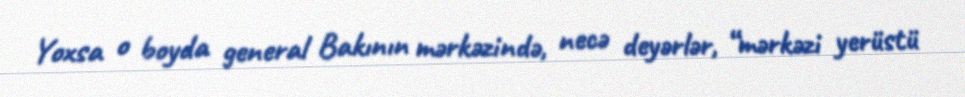
Yoxsa o boyda general Bakının mərkəzində, necə deyərlər, “mərkəzi yerüstü